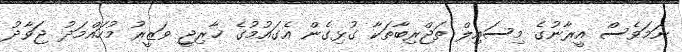
ނަމަވެސް އީރާނުގެ މިސައިލް ތަޖްރިބާތަކާ ގުޅިގެން އެގައުމުގެ ޚާރިޖީ ވަޒީރު މުހައްމަދު ޖަވާދު